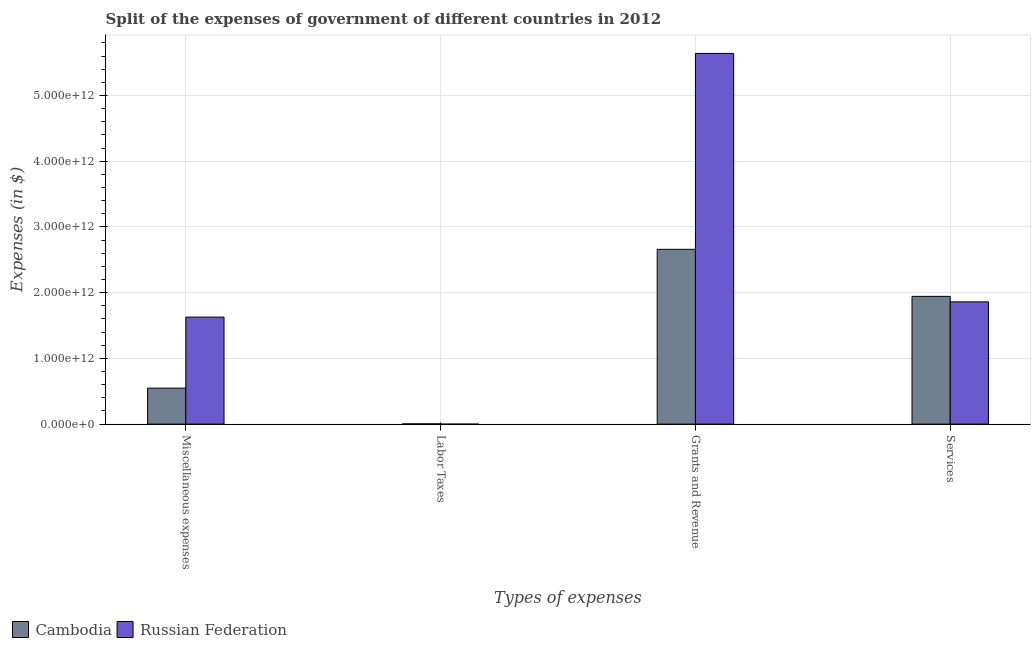
| Types of expenses | Cambodia | Russian Federation |
 | --- | --- | --- |
 | Miscellaneous expenses | 5.48e+11 | 1.63e+12 |
 | Labor Taxes | 3.65e+09 | -9e+08 |
 | Grants and Revenue | 2.66e+12 | 5.64e+12 |
 | Services | 1.94e+12 | 1.86e+12 |